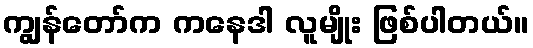
ကျွန်တော်က ကနေဒါ လူမျိုး ဖြစ်ပါတယ်။